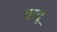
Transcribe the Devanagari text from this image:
वावू